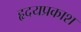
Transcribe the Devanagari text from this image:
हृदयप्रकाश